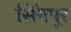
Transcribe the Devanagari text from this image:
सिंगपूर